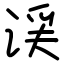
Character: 渓